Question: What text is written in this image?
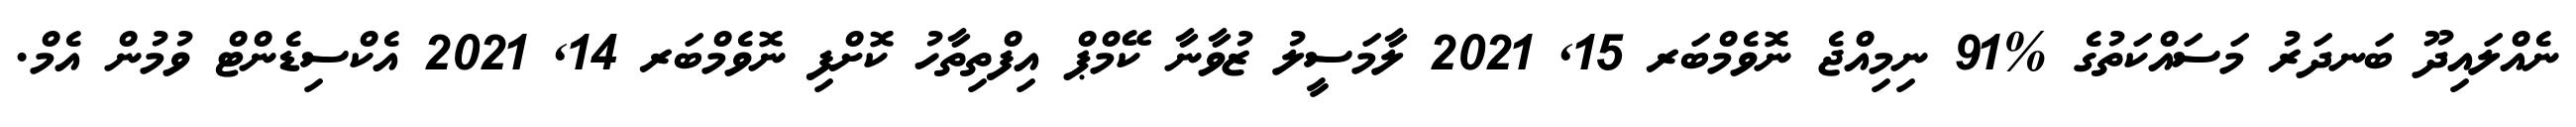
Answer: ނެއްލައިދޫ ބަނދަރު މަސައްކަތުގެ %91 ނިމިއްޖެ ނޮވެމްބަރ 15, 2021 ލާމަސީލު ޒުވާނާ ކޭމްޕް އިފްތިތާހު ކޮށްފި ނޮވެމްބަރ 14, 2021 އެކްސިޑެންޓް ވުމުން އެމް.